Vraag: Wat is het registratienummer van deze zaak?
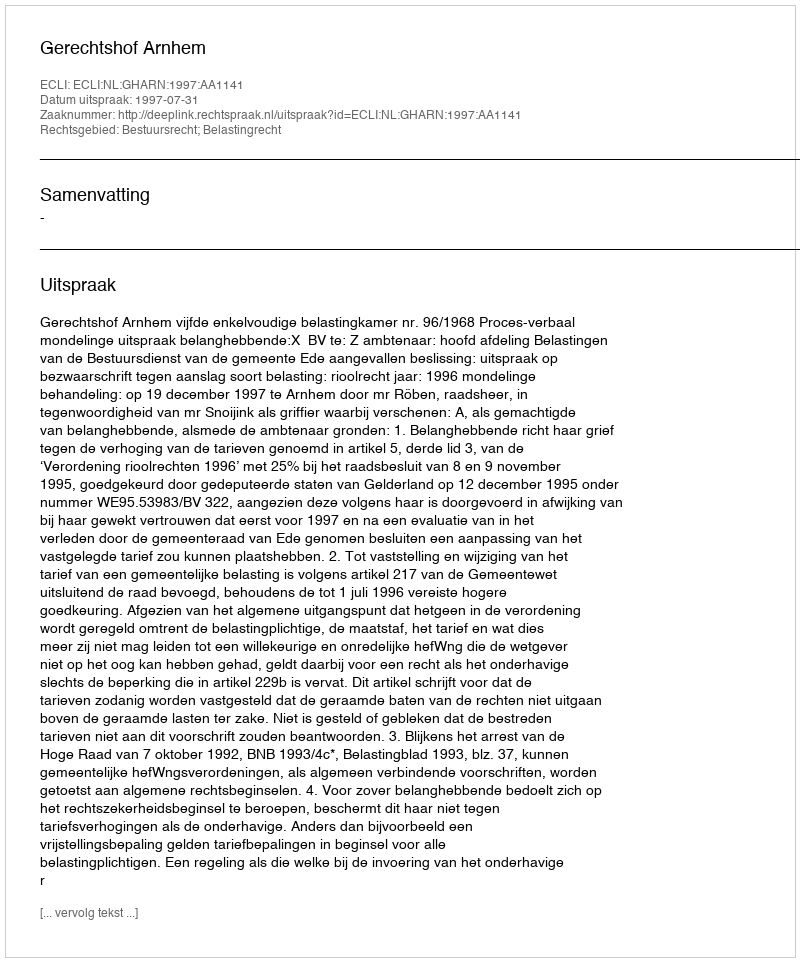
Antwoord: http://deeplink.rechtspraak.nl/uitspraak?id=ECLI:NL:GHARN:1997:AA1141